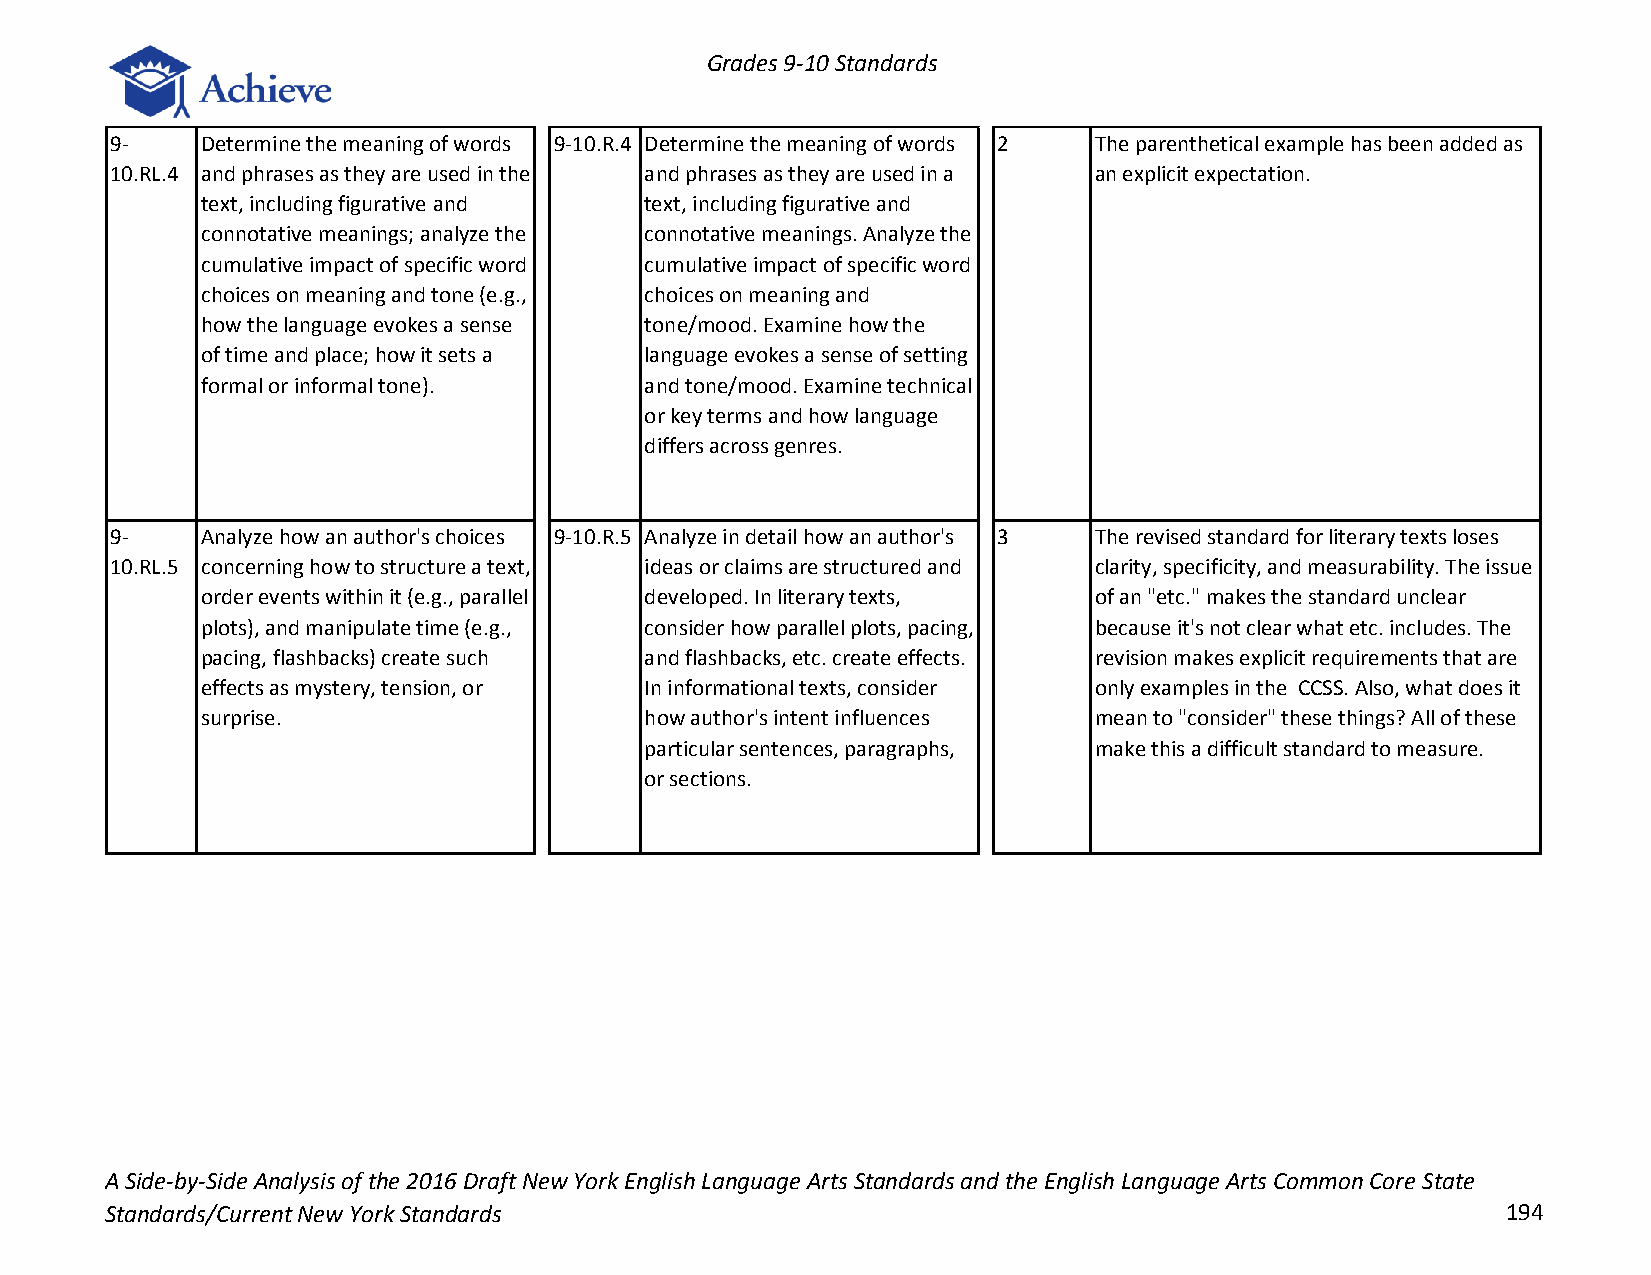
Grades 9-10 Standards
 9-    Determine the meaning of words 9-10.R.4 Determine the meaning of words 2 The parenthetical example has been added as
 10.RL.4 and phrases as they are used in the and phrases as they are used in a an explicit expectation.
 text, including figurative and text, including figurative and
 connotative meanings; analyze the connotative meanings. Analyze the
 cumulative impact of specific word cumulative impact of specific word
 choices on meaning and tone (e.g., choices on meaning and
 how the language evokes a sense tone/mood. Examine how the
 of time and place; how it sets a language evokes a sense of setting
 formal or informal tone).     and tone/mood. Examine technical
 or key terms and how language
 differs across genres.
 9-    Analyze how an author's choices 9-10.R.5 Analyze in detail how an author's 3 The revised standard for literary texts loses
 10.RL.5 concerning how to structure a text, ideas or claims are structured and clarity, specificity, and measurability. The issue
 order events within it (e.g., parallel developed. In literary texts, of an "etc." makes the standard unclear
 plots), and manipulate time (e.g., consider how parallel plots, pacing, because it's not clear what etc. includes. The
 pacing, flashbacks) create such and flashbacks, etc. create effects. revision makes explicit requirements that are
 effects as mystery, tension, or In informational texts, consider only examples in the CCSS. Also, what does it
 surprise.                     how author's intent influences mean to "consider" these things? All of these
 particular sentences, paragraphs, make this a difficult standard to measure.
 or sections.
 A Side-by-Side Analysis of the 2016 Draft New York English Language Arts Standards and the English Language Arts Common Core State
 Standards/Current New York Standards                                                         194